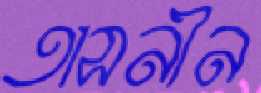
তাসনীন